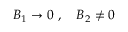
{ \cal B } _ { 1 } \rightarrow 0 \ , \quad { \cal B } _ { 2 } \neq 0